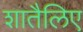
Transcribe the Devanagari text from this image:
शातैलिए